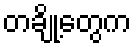
တချို့တွေက